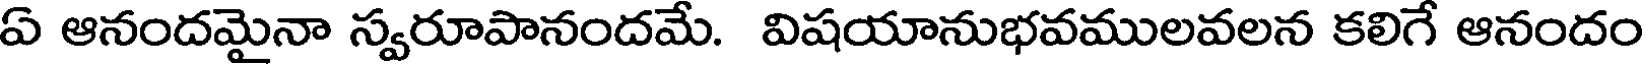
ఏ ఆనందమైనా స్వరూపానందమే. విషయానుభవములవలన కలిగే ఆనందం